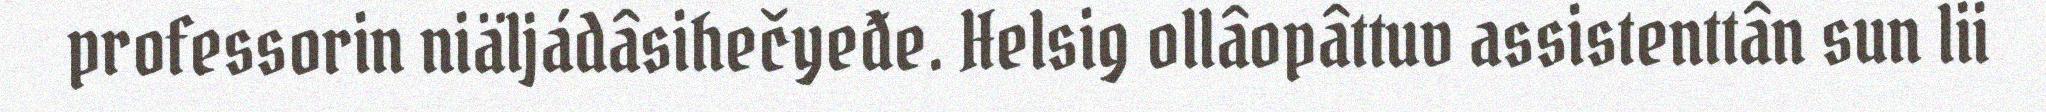
professorin niäljádâsihečyeđe. Helsig ollâopâttuv assistenttân sun lii